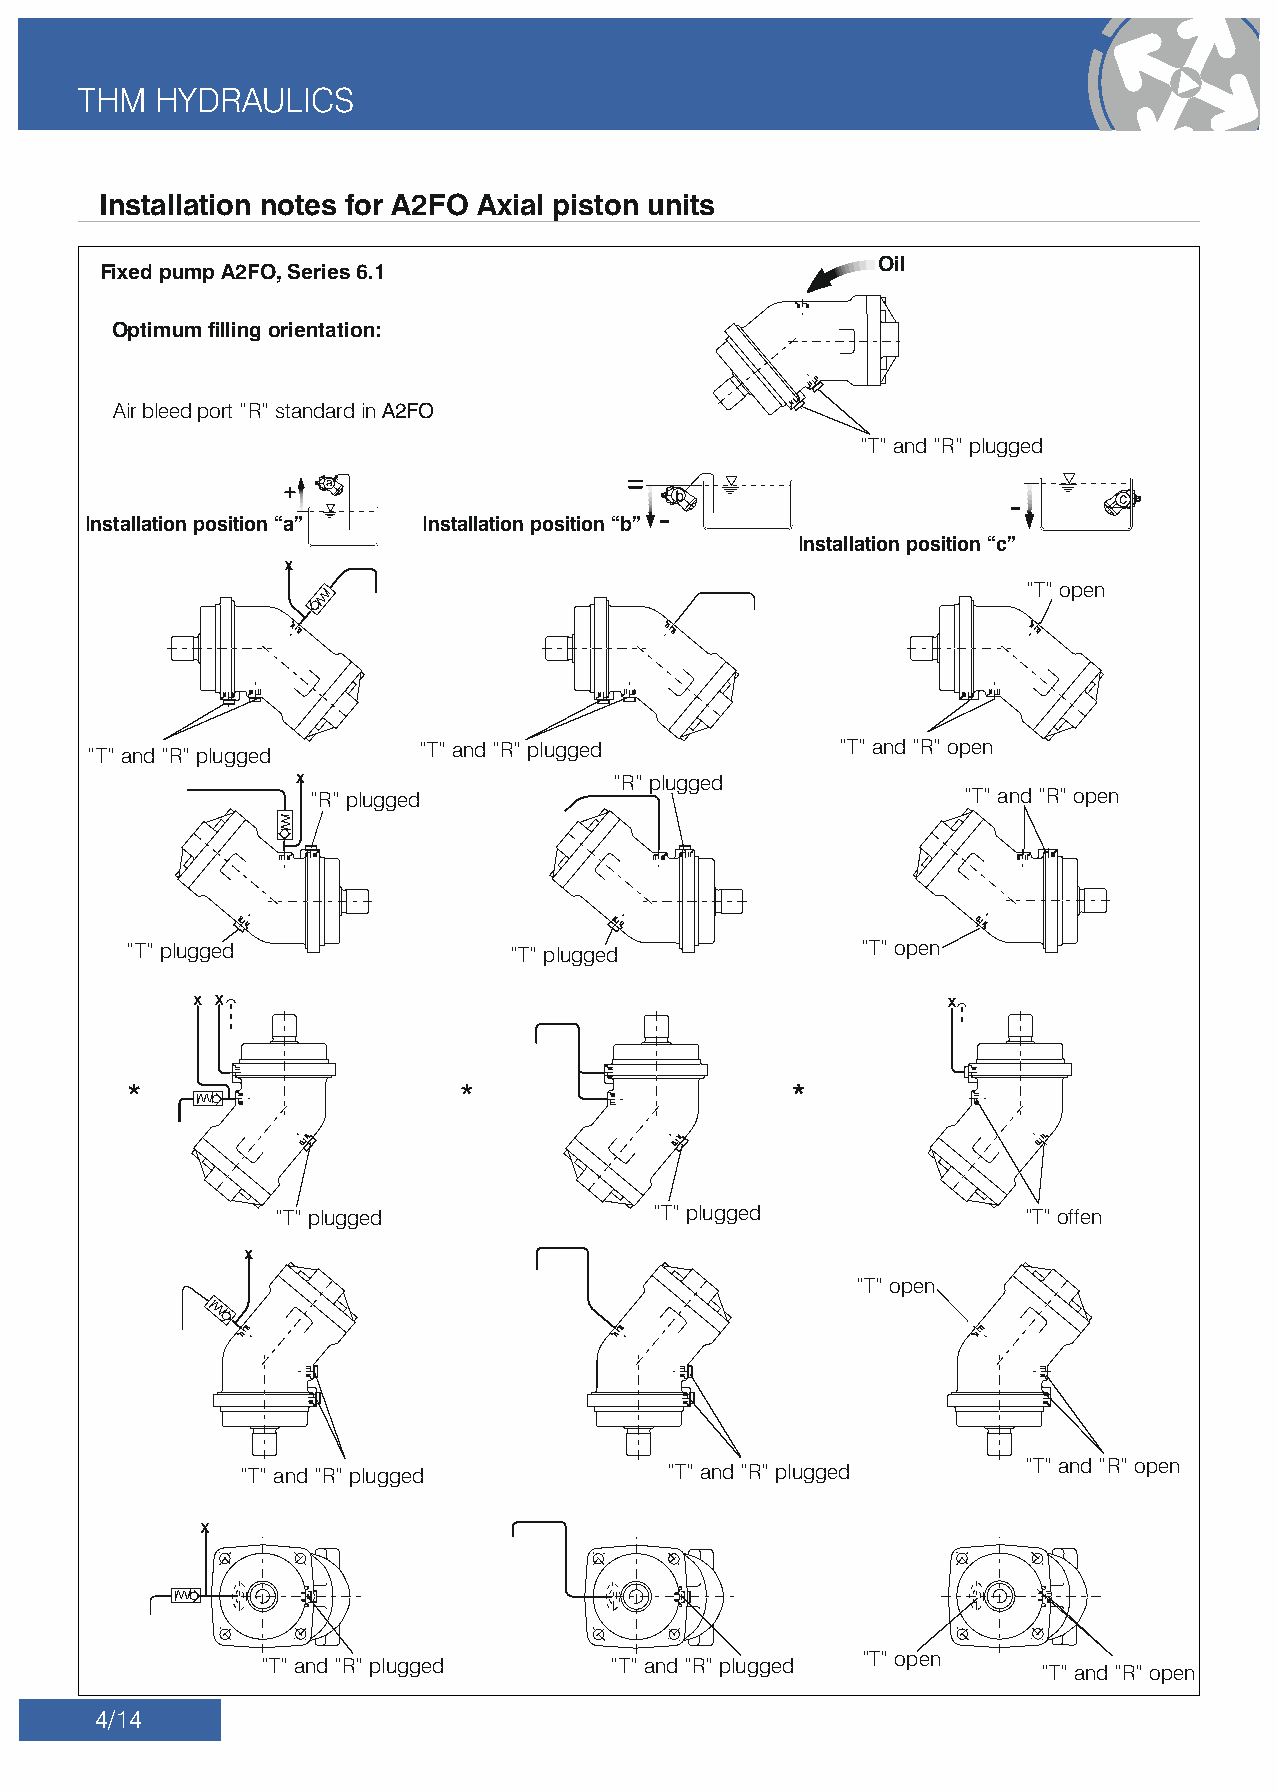
THM   HYDRAULICS
 Installation notes for A2FO Axial piston units
 Oil
 Fixed pump A2FO, Series 6.1
 Optimum lling orientation:
 Air bleed port “R” standard in A2FO
 “T” and “R” plugged
 Installation position “a” Installation position “b”
 Installation position “c”
 “T” open
 “T” and “R” plugged   “T” and “R” plugged         “T” and “R” open
 “R” plugged
 “R” plugged                                “T” and “R” open
 “T” plugged              “T” plugged            “T” open
 “T” plugged              “T” plugged              “T” offen
 “T” open
 “T” and “R” plugged         “T” and “R” plugged     “T” and “R” open
 “T” open
 “T” and “R” plugged     “T” and “R” plugged
 “T” and “R” open
 4/14